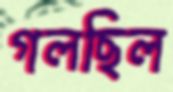
গলছিল